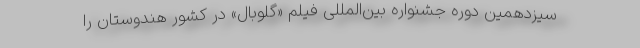
سیزدهمین دوره جشنواره بین‌المللی فیلم «گلوبال» در کشور هندوستان را